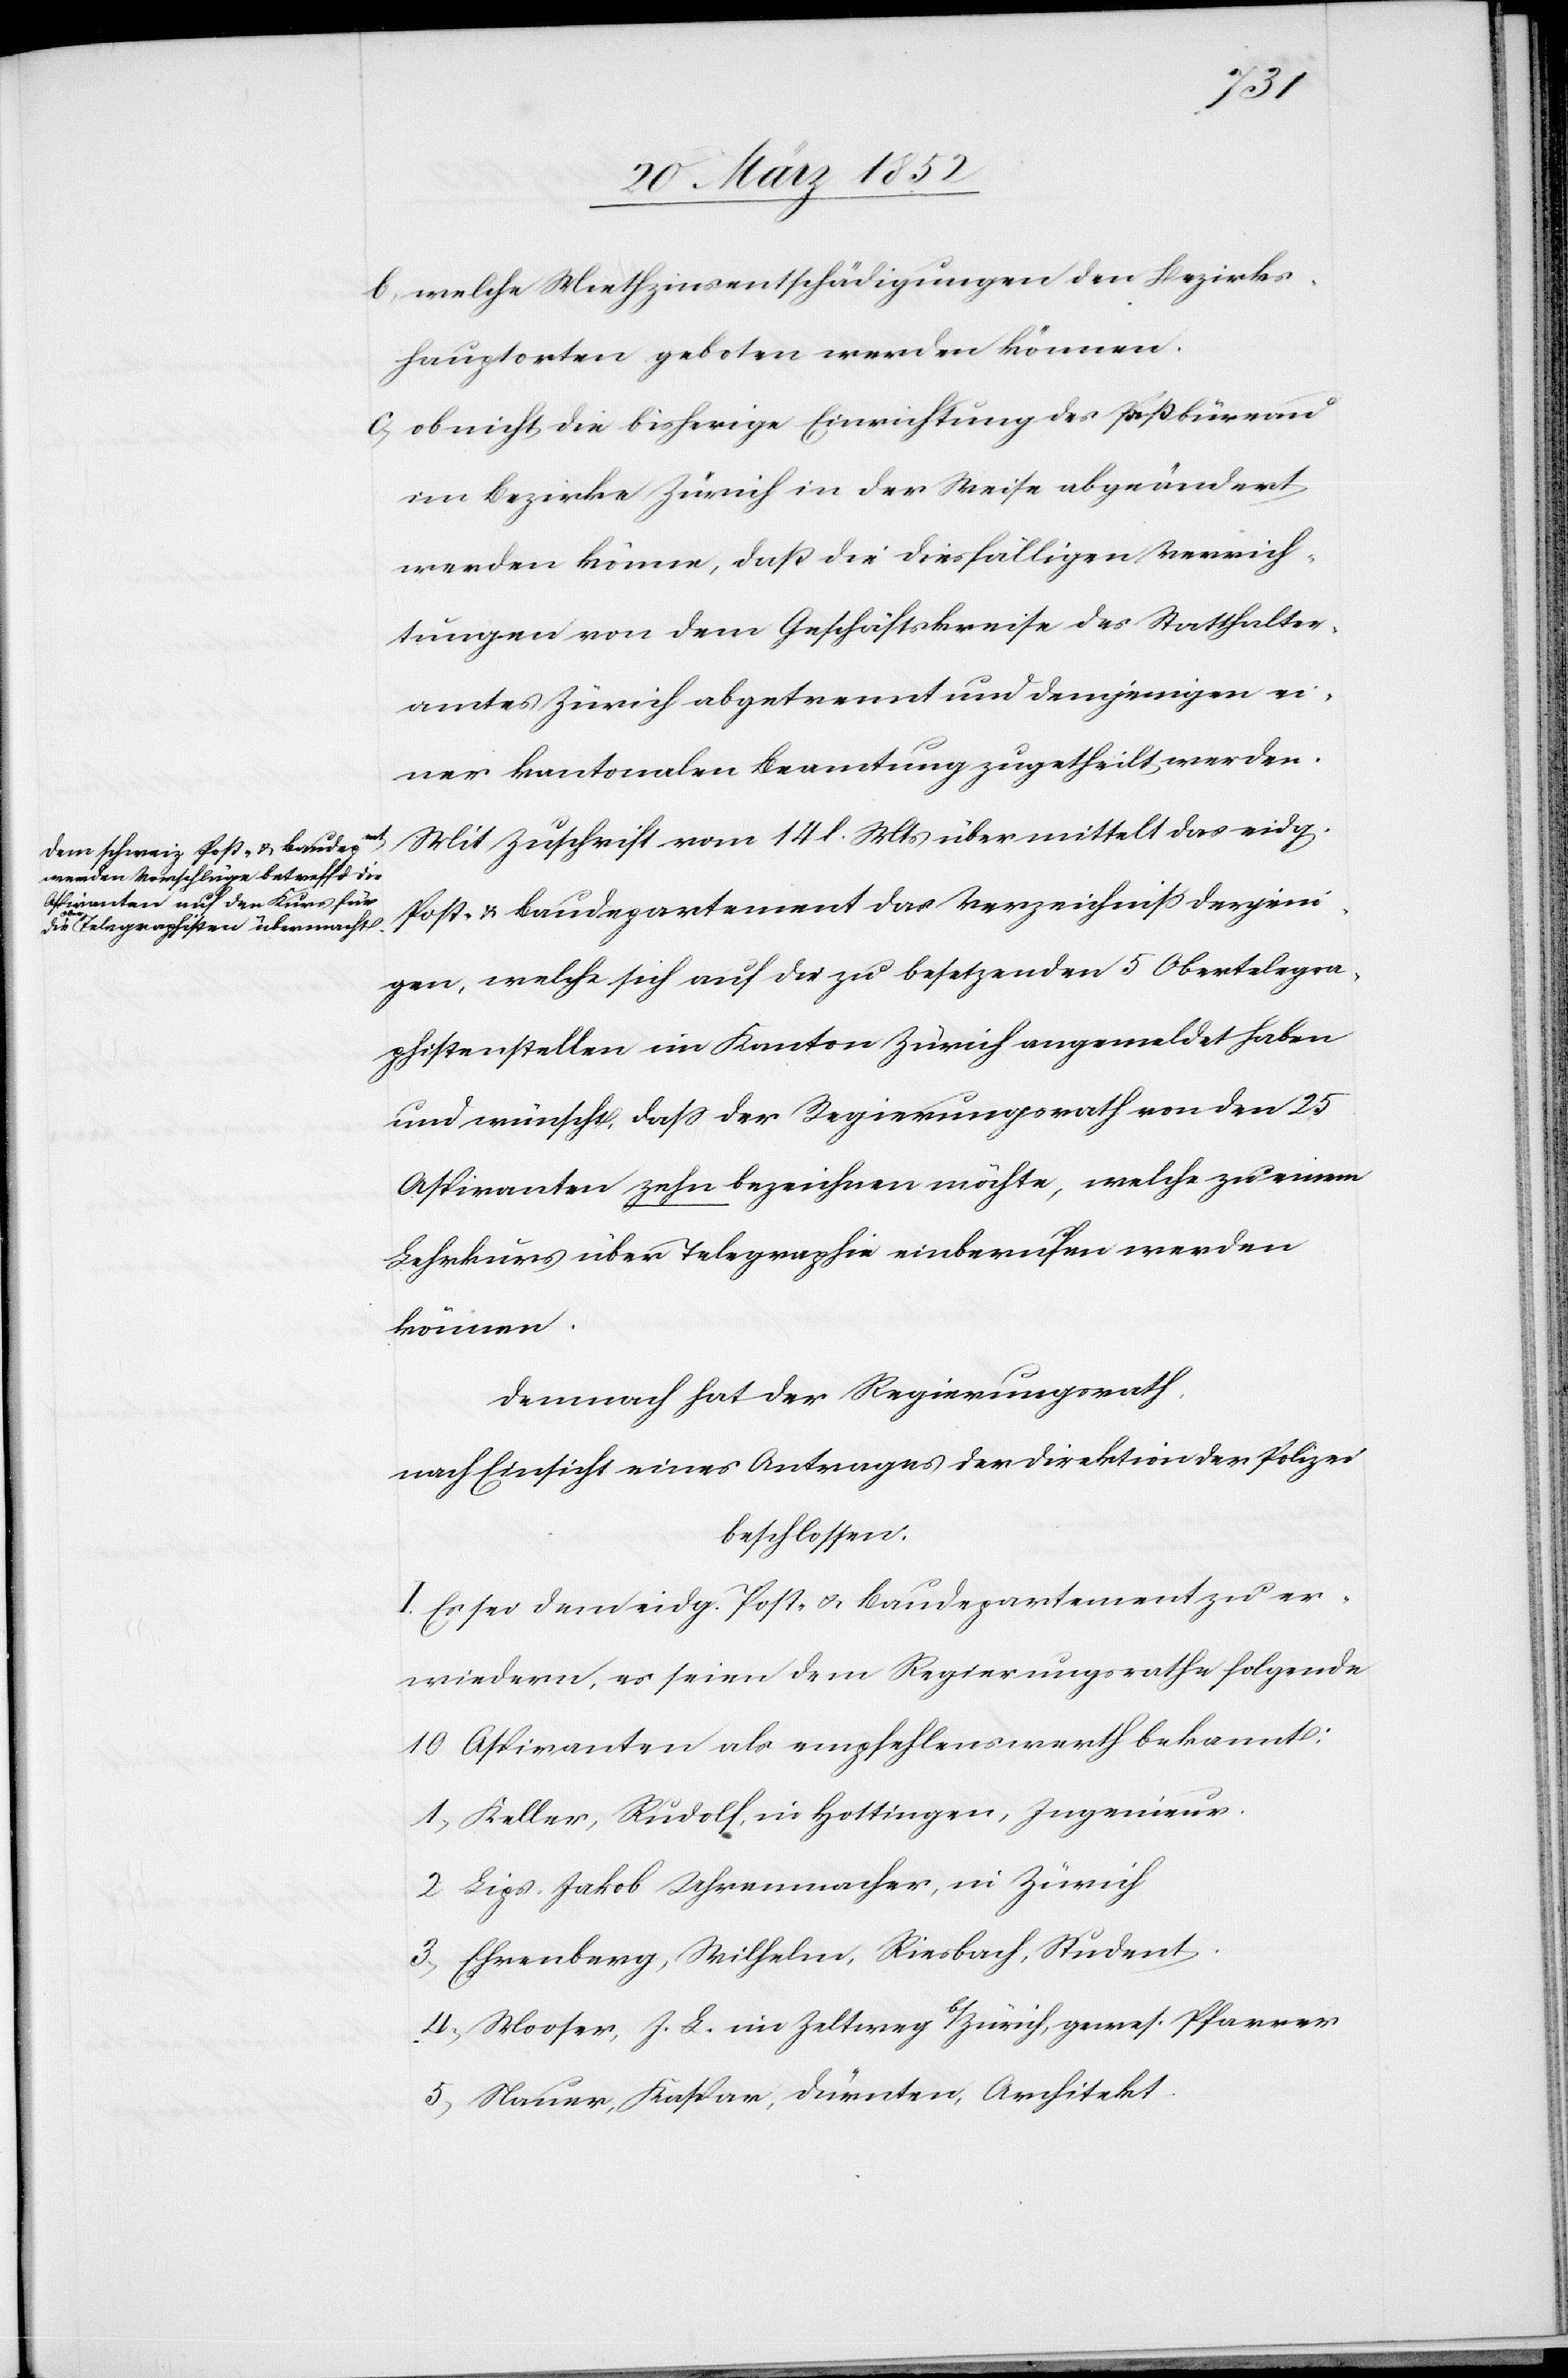
b) welche Miethzinsentschädigungen den Bezirks¬
hauptorten geboten werden können.
c) ob nicht die bisherige Einrichtung des Paßbüreau
im Bezirke Zürich in der Weise abgeändert
werden könne, daß die diesfälligen Verrich¬
tungen von dem Geschäftskreise des Statthalter¬
amtes Zürich abgetrennt und denjenigen ei¬
ner kantonalen Beamtung zugetheilt werden.
Mit Zuschrift vom 14 l. Mts übermittelt das eidg.
Post- u. Baudepartement das Verzeichniß derjeni¬
gen, welche sich auf die zu besetzenden 5 Obertelegra¬
phenlistenstellen im Kanton Zürich angemeldet haben
und wünscht, daß der Regierungsrath von den 25
Aspiranten zehn bezeichnen möchte, welche zu einem
Lehrkurs über Telegraphie einberufen werden
können.
Demnach hat der Regierungsrath,
nach Einsicht eines Antrages der Direktion der Polizei
beschlossen.
I. Es sei dem eidg. Post- u. Baudepartement zu er¬
wiedern, es seien dem Regierungsrathe folgende
10 Aspiranten als empfehlenswerth bekannt:
1) Keller, Rudolf in Hottingen, Ingenieur.
2) Lips, Jakob Uhrenmacher, in Zürich
3) Ehrenberg, Wilhelm, Riesbach, Student.
4) Mooser, J. L. im Zeltweg b/Zürich, gewes. Pfarrer
5) Nauer, Kaspar, Dürnten, Architekt.